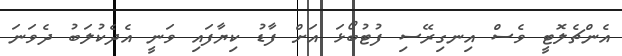
އެންޗެލޮޓީ ވެސް އިނގިރޭސި ފުޓުބޯޅަ އަށް ފާޑު ކިޔާފައި ވަނީ އެދެކުލަބު ދެވަނަ